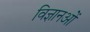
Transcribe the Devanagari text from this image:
विज्ञानओं